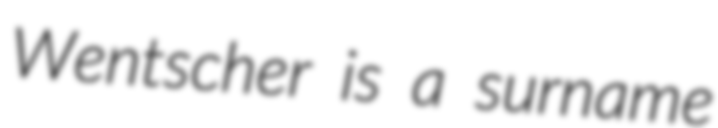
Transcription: Wentscher is a surname